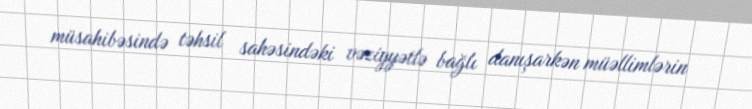
müsahibəsində təhsil sahəsindəki vəziyyətlə bağlı danışarkən müəllimlərin